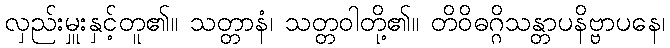
လှည်းမှူးနှင့်တူ၏။ သတ္တာနံ၊ သတ္တဝါတို့၏။ တိဝိဓဂ္ဂိသန္တာပနိဗ္ဗာပနေ၊